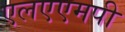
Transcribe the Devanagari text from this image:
एलएएमपी